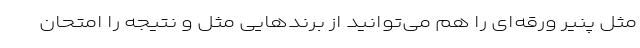
مثل پنیر ورقه‌ای را هم می‌توانید از برندهایی مثل و نتیجه را امتحان